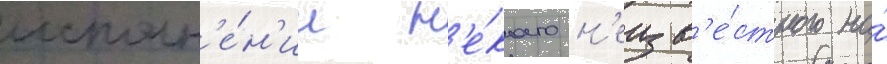
исполн'е́н'ии н'е́коего н'еизв'е́стного на́